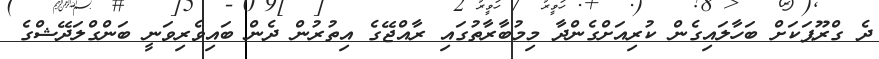
ދެ ގްރޫޕަކަށް ބަހާލައިގެން ކުރިއަށްގެންދާ މިމުބާރާތުގައި ރާއްޖޭގެ އިތުރުން ދެން ބައިވެރިވަނީ ބަންގްލަދޭޝްގެ